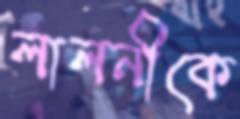
লালনীকে